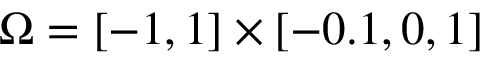
\Omega = [ - 1 , 1 ] \times [ - 0 . 1 , 0 , 1 ]